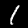
Label: 1